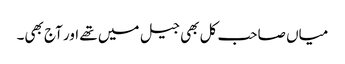
میاں صاحب کل بھی جیل میں تھے اور آج بھی۔